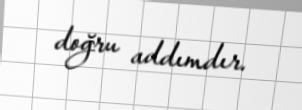
doğru addımdır.